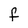
Character: f